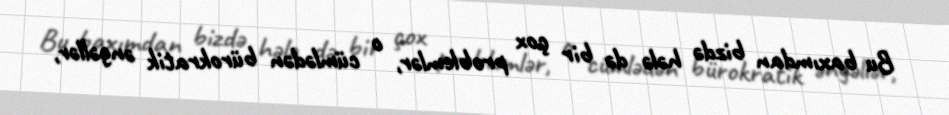
Bu baxımdan bizdə hələ də bir çox problemlər, o cümlədən bürokratik əngəllər,